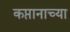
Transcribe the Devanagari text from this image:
कप्तानाच्या